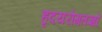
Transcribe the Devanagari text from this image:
हृदयरोगतज्ञों